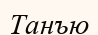
Танъю